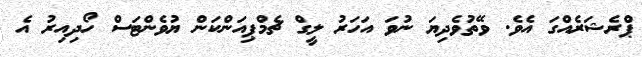
ޕްރެޝަރެއްގަ އެވެ. ވޭތުވެދިޔަ ނުވަ އަހަރު ލީގް ޗެމްޕިއަންކަން ޔުވެންޓަސް ހޯދިއިރު އެ